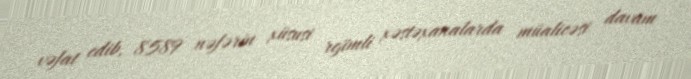
vəfat edib, 8589 nəfərin xüsusi rejimli xəstəxanalarda müalicəsi davam